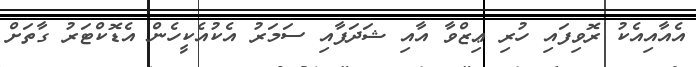
އެއާއިއެކު ރޮވިފައި ހުރި ޢިޒްވާ އާއި ޝަދަފާއި ސަމަރު އެކުއެކީހެން އެޑޮކްޓަރު ގާތަށް